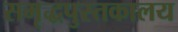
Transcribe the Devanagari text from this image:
समृद्धपुस्तकालय